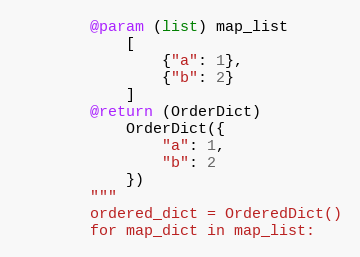
Language: Python
        @param (list) map_list
            [
                {"a": 1},
                {"b": 2}
            ]
        @return (OrderDict)
            OrderDict({
                "a": 1,
                "b": 2
            })
        """
        ordered_dict = OrderedDict()
        for map_dict in map_list: